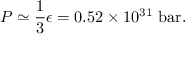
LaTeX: P \simeq { \frac { 1 } { 3 } } \epsilon = 0 . 5 2 \times 1 0 ^ { 3 1 } ~ { \mathrm { b a r } } .